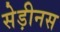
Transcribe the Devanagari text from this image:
सेड़ीनस